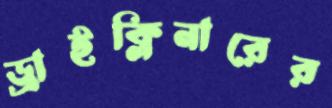
ড্রাইক্লিনারের